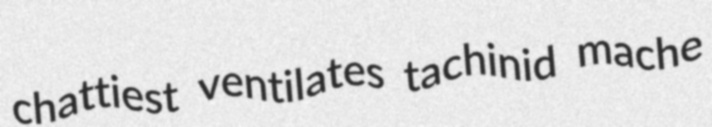
chattiest ventilates tachinid mache